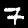
Digit: 7